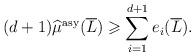
LaTeX: \begin{align*}(d+1)\widehat{\mu}^{\mathrm{asy}}(\overline L)\geqslant\sum_{i=1}^{d+1}e_i(\overline L).\end{align*}